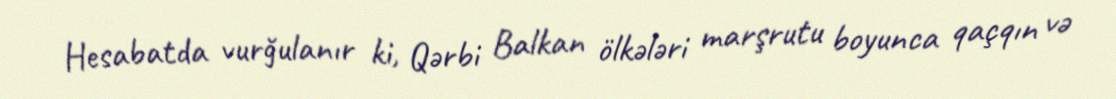
Hesabatda vurğulanır ki, Qərbi Balkan ölkələri marşrutu boyunca qaçqın və